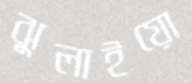
ঝুলাইয়ো